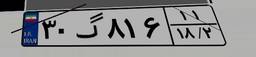
۱۷گ۶۸۱۱۳